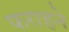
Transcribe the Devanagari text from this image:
फराहने